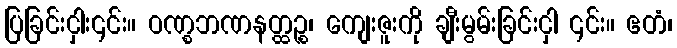
ပြခြင်းငှါး၎င်း။ ဝဏ္စဘဏနတ္ထဉ္စ၊ ကျေးဇူးကို ချီးမွမ်းခြင်းငှါ ၎င်း။ ဧတံ၊